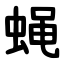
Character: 蝇